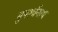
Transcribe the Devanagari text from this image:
सुपर्श्‍वनाथ